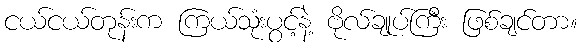
ငယ်ငယ်တုန်းက ကြယ်သုံးပွင့်နဲ့ ဗိုလ်ချုပ်ကြီး ဖြစ်ချင်တာ။